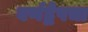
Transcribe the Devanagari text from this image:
वर्णद्वेषचा